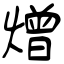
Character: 熷